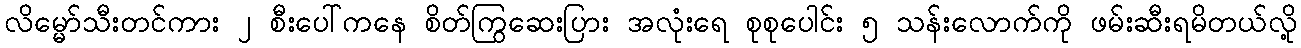
လိမ္မော်သီးတင်ကား ၂ စီးပေါ်ကနေ စိတ်ကြွဆေးပြား အလုံးရေ စုစုပေါင်း ၅ သန်းလောက်ကို ဖမ်းဆီးရမိတယ်လို့